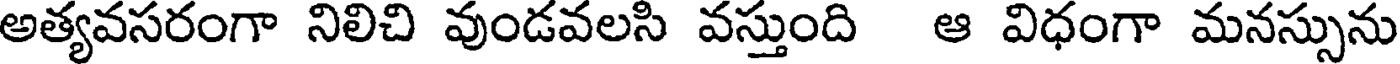
అత్యవసరంగా నిలిచి వుండవలసి వస్తుంది ఆ విధంగా మనస్సును